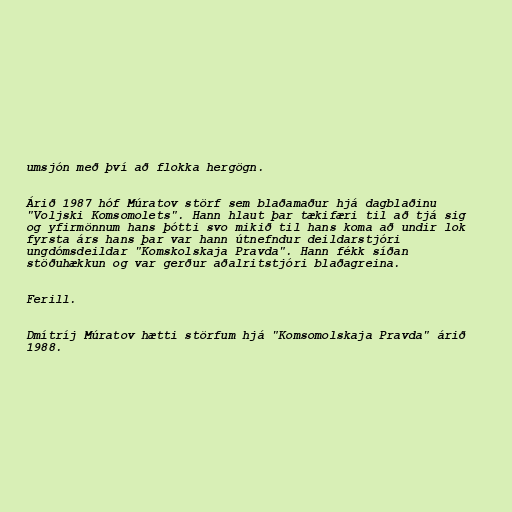
umsjón með því að flokka hergögn.

Árið 1987 hóf Múratov störf sem blaðamaður hjá dagblaðinu
"Voljski Komsomolets". Hann hlaut þar tækifæri til að tjá sig
og yfirmönnum hans þótti svo mikið til hans koma að undir lok
fyrsta árs hans þar var hann útnefndur deildarstjóri
ungdómsdeildar "Komskolskaja Pravda". Hann fékk síðan
stöðuhækkun og var gerður aðalritstjóri blaðagreina.

Ferill.

Dmítríj Múratov hætti störfum hjá "Komsomolskaja Pravda" árið
1988.